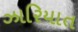
ઝારિયાત